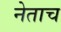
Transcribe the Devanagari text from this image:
नेताच